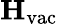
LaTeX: \mathbf{H}_{\mathrm{vac}}